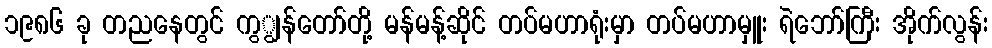
၁၉၈၆ ခု တညနေတွင် ကွျွန်တော်တို့ မန်မန့်ဆိုင် တပ်မဟာရုံးမှာ တပ်မဟာမှူး ရဲဘော်ကြီး အိုက်လွန်း